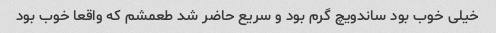
خیلی خوب بود ساندویچ گرم بود و سریع حاضر شد طعمشم که واقعا خوب بود